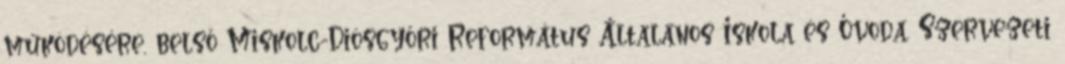
működésére, belső Miskolc-Diósgyőri Református Általános Iskola és Óvoda. Szervezeti